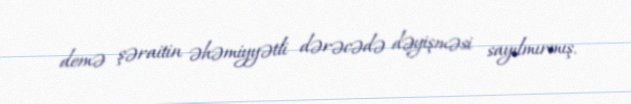
demə şəraitin əhəmiyyətli dərəcədə dəyişməsi sayılmırmış.